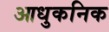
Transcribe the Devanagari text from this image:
आधुकनिक